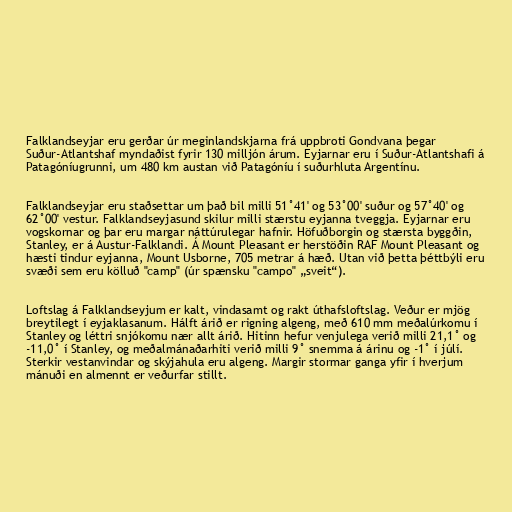
Falklandseyjar eru gerðar úr meginlandskjarna frá uppbroti Gondvana þegar
Suður-Atlantshaf myndaðist fyrir 130 milljón árum. Eyjarnar eru í Suður-Atlantshafi á
Patagóníugrunni, um 480 km austan við Patagóníu í suðurhluta Argentínu.

Falklandseyjar eru staðsettar um það bil milli 51˚41' og 53˚00' suður og 57˚40' og
62˚00' vestur. Falklandseyjasund skilur milli stærstu eyjanna tveggja. Eyjarnar eru
vogskornar og þar eru margar náttúrulegar hafnir. Höfuðborgin og stærsta byggðin,
Stanley, er á Austur-Falklandi. Á Mount Pleasant er herstöðin RAF Mount Pleasant og
hæsti tindur eyjanna, Mount Usborne, 705 metrar á hæð. Utan við þetta þéttbýli eru
svæði sem eru kölluð "camp" (úr spænsku "campo" „sveit“).

Loftslag á Falklandseyjum er kalt, vindasamt og rakt úthafsloftslag. Veður er mjög
breytilegt í eyjaklasanum. Hálft árið er rigning algeng, með 610 mm meðalúrkomu í
Stanley og léttri snjókomu nær allt árið. Hitinn hefur venjulega verið milli 21,1˚ og
-11,0˚ í Stanley, og meðalmánaðarhiti verið milli 9˚ snemma á árinu og -1˚ í júlí.
Sterkir vestanvindar og skýjahula eru algeng. Margir stormar ganga yfir í hverjum
mánuði en almennt er veðurfar stillt.